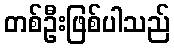
တစ်ဦးဖြစ်ပါသည်